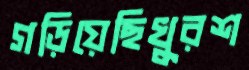
গড়িয়েছিখুরশ